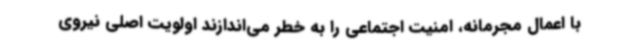
با اعمال مجرمانه، امنیت اجتماعی را به خطر می‌اندازند اولویت اصلی نیروی